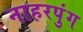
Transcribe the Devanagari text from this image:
नाहरपुंग